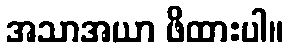
အသာအယာ ဖိထားပါ။